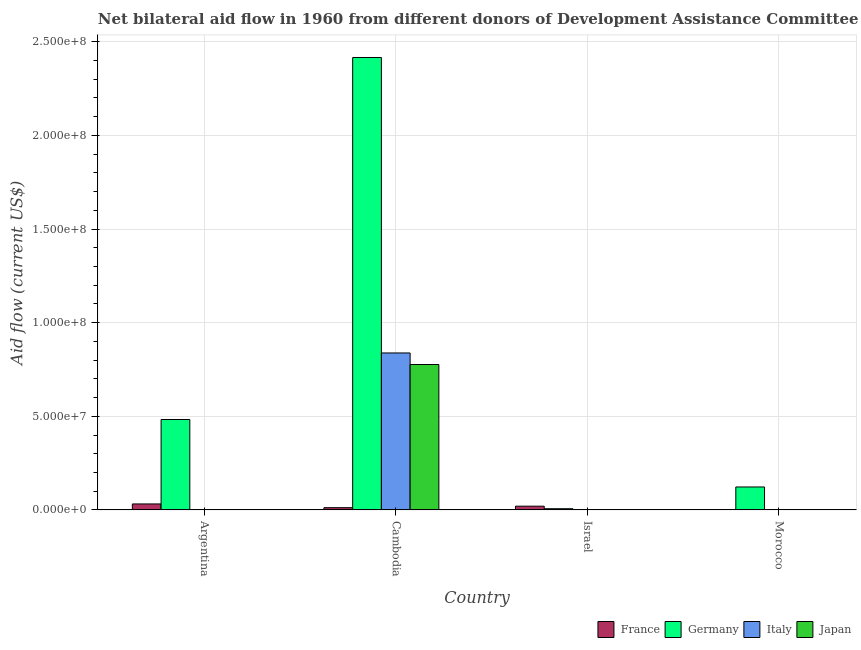
| Country | France | Germany | Italy | Japan |
 | --- | --- | --- | --- | --- |
 | Argentina | 3.2e+06 | 4.83e+07 | -6.4e+05 | -7.48e+06 |
 | Cambodia | 1.2e+06 | 2.42e+08 | 8.38e+07 | 7.77e+07 |
 | Israel | 2e+06 | 6.5e+05 | 1e+04 | 1e+04 |
 | Morocco | -1e+05 | 1.23e+07 | -1.11e+06 | -5.78e+06 |